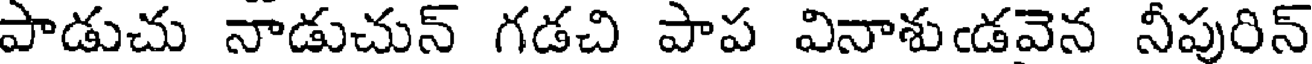
పాడుచు నాడుచున్ గడచి పాప వినాశుఁడవెన నీపురిన్